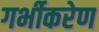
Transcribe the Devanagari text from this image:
गर्भीकरेण